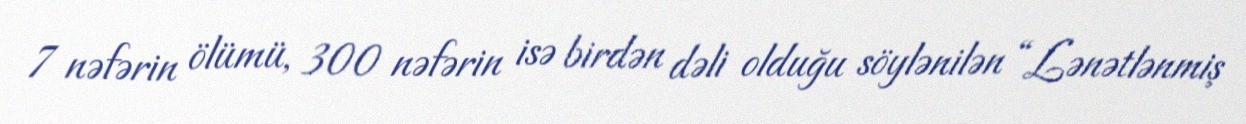
7 nəfərin ölümü, 300 nəfərin isə birdən dəli olduğu söylənilən “Lənətlənmiş